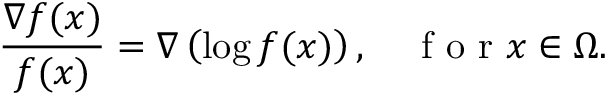
\frac { \nabla f ( x ) } { f ( x ) } = \nabla \left( \log f ( x ) \right) , \quad \mathrm { ~ f ~ o ~ r ~ } x \in \Omega .